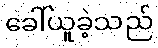
ခေါ်ယူခဲ့သည်